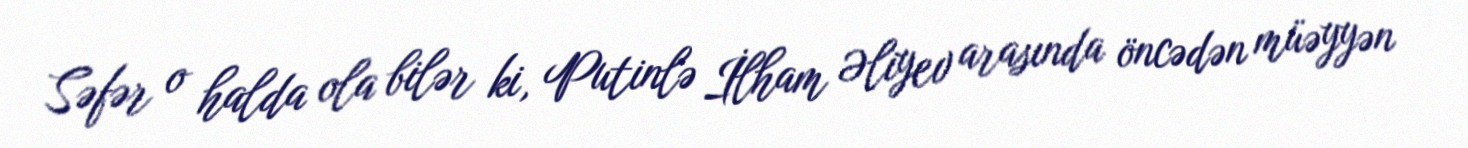
Səfər o halda ola bilər ki, Putinlə İlham Əliyev arasında öncədən müəyyən